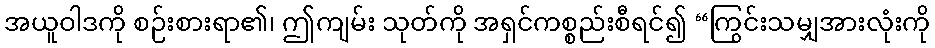
အယူဝါဒကို စဉ်းစားရာ၏၊ ဤကျမ်း သုတ်ကို အရှင်ကစ္စည်းစီရင်၍ “ကြွင်းသမျှအားလုံးကို